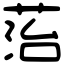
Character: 菭